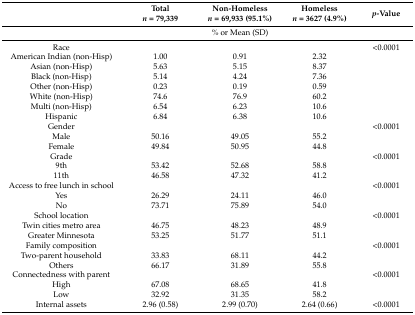
<table><thead><tr><td></td><td><b>Total <i>n</i> = 79,339</b></td><td><b>Non-Homeless<i>n</i> = 69,933 (95.1%)</b></td><td><b>Homeless<i>n</i> = 3627 (4.9%)</b></td><td><b><i>p</i>-Value</b></td></tr></thead><tbody><tr><td></td><td colspan="3">% or Mean (SD)</td><td></td></tr><tr><td>Race</td><td></td><td></td><td></td><td>&lt;0.0001</td></tr><tr><td>American Indian (non-Hisp)</td><td>1.00</td><td>0.91</td><td>2.32</td><td></td></tr><tr><td>Asian (non-Hisp)</td><td>5.63</td><td>5.15</td><td>8.37</td><td></td></tr><tr><td>Black (non-Hisp)</td><td>5.14</td><td>4.24</td><td>7.36</td><td></td></tr><tr><td>Other (non-Hisp)</td><td>0.23</td><td>0.19</td><td>0.59</td><td></td></tr><tr><td>White (non-Hisp)</td><td>74.6</td><td>76.9</td><td>60.2</td><td></td></tr><tr><td>Multi (non-Hisp)</td><td>6.54</td><td>6.23</td><td>10.6</td><td></td></tr><tr><td>Hispanic</td><td>6.84</td><td>6.38</td><td>10.6</td><td></td></tr><tr><td>Gender</td><td></td><td></td><td></td><td>&lt;0.0001</td></tr><tr><td>Male</td><td>50.16</td><td>49.05</td><td>55.2</td><td></td></tr><tr><td>Female</td><td>49.84</td><td>50.95</td><td>44.8</td><td></td></tr><tr><td>Grade</td><td></td><td></td><td></td><td>&lt;0.0001</td></tr><tr><td>9th</td><td>53.42</td><td>52.68</td><td>58.8</td><td></td></tr><tr><td>11th</td><td>46.58</td><td>47.32</td><td>41.2</td><td></td></tr><tr><td>Access to free lunch in school</td><td></td><td></td><td></td><td>&lt;0.0001</td></tr><tr><td>Yes</td><td>26.29</td><td>24.11</td><td>46.0</td><td></td></tr><tr><td>No</td><td>73.71</td><td>75.89</td><td>54.0</td><td></td></tr><tr><td>School location</td><td></td><td></td><td></td><td>&lt;0.0001</td></tr><tr><td>Twin cities metro area</td><td>46.75</td><td>48.23</td><td>48.9</td><td></td></tr><tr><td>Greater Minnesota</td><td>53.25</td><td>51.77</td><td>51.1</td><td></td></tr><tr><td>Family composition</td><td></td><td></td><td></td><td>&lt;0.0001</td></tr><tr><td>Two-parent household</td><td>33.83</td><td>68.11</td><td>44.2</td><td></td></tr><tr><td>Others</td><td>66.17</td><td>31.89</td><td>55.8</td><td></td></tr><tr><td>Connectedness with parent</td><td></td><td></td><td></td><td>&lt;0.0001</td></tr><tr><td>High</td><td>67.08</td><td>68.65</td><td>41.8</td><td></td></tr><tr><td>Low</td><td>32.92</td><td>31.35</td><td>58.2</td><td></td></tr><tr><td>Internal assets</td><td>2.96 (0.58)</td><td>2.99 (0.70)</td><td>2.64 (0.66)</td><td>&lt;0.0001</td></tr></tbody></table>